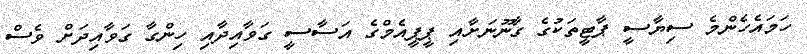
ހަމައެހެންމެ ސިޔާސީ ޕާޓީތަކުގެ ގާނޫނަށާއި ޕީޕީއެމްގެ އަސާސީ ގަވާއިދާއި ހިންގާ ގަވާއިދަށް ވެސް